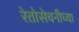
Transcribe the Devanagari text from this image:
रेतोसेचनीच्या